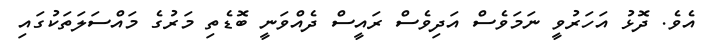
އެވެ. ދޮޅު އަހަރުވީ ނަމަވެސް އަދިވެސް ރައީސް ދެއްވަނީ ބޮޑެތި މަރުގެ މައްސަލަތަކުގައި